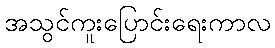
အသွင်ကူးပြောင်းရေးကာလ